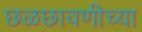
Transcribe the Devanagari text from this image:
छळछावणीच्या